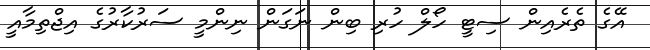
އޭގެ ތެރެއިން ސިޓީ ހޯލް ހުރި ބިން ނަގަން ނިންމީ ސަރުކާރުގެ އިޖްތިމާއީ